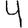
Digit: 4